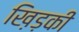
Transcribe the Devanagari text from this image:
ख़िड़की